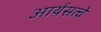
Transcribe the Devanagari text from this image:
आर्यसत्वे